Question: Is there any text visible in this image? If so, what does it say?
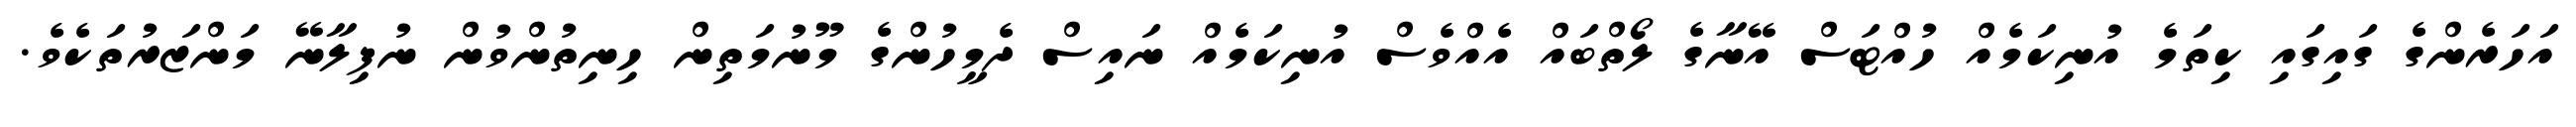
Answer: އަހަރެންގެ ގައިގައި ކިތަމެ އުނިކަމެއް ހުއްޓަސް އޭނާގެ ލޯތްބައް އެއްވެސް އުނިކަމެއް ނައިސް ދެމީހުންގެ މޫނުމަތިން ހިނިތުންވުން ނުފިލާނޭ މަންޒަރުތަކެވެ.